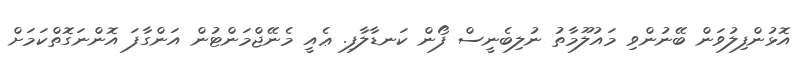
އޮޅުންފިލުވަން ބޭނުންވި މައުލޫމާތު ނުލިބެނީސް ފޯން ކަނޑާލާފި. ޢެއީ މެނޭޖްމަންޓުން އަންގާފަ އޮންނަގޮތްކަމަށް